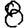
Digit: 8